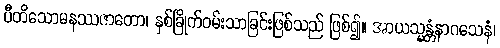
ပီတိသောမနဿဇာတော၊ နှစ်ခြိုက်ဝမ်းသာခြင်းဖြစ်သည် ဖြစ်၍။ အာယသ္မန္တံနာဂသေနံ၊